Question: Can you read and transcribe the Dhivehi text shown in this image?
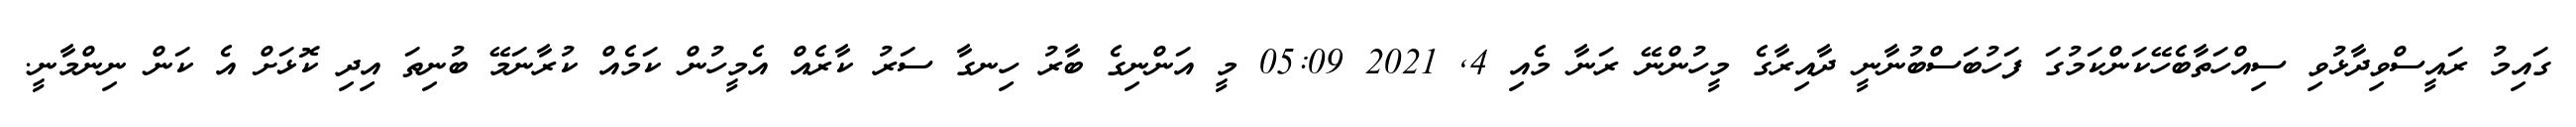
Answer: ގައިމު ރައީސްވިދާޅުވި ސިއްހަތާބެހޭކަންކަމުގަ ފަހުބަސްބުނާނީ ދާއިރާގެ މީހުންނޭ ރަނާ މެއި 4, 2021 05:09 މީ އަންނިގެ ބާރު ހިނގާ ސަރު ކާރެއް އެމީހުން ކަމެއް ކުރާނަމޭ ބުނިތަ އިދި ކޮޅަށް އެ ކަން ނިންމާނީ.